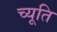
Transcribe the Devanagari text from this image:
च्यूति